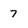
Character: 7